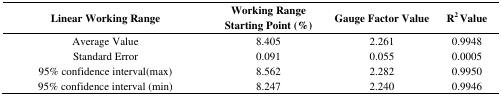
<table><thead><tr><td><b>Linear Working Range</b></td><td><b>Working Range Starting Point (%)</b></td><td><b>Gauge Factor Value</b></td><td><b>R<sup>2</sup> Value</b></td></tr></thead><tbody><tr><td>Average Value</td><td>8.405</td><td>2.261</td><td>0.9948</td></tr><tr><td>Standard Error</td><td>0.091</td><td>0.055</td><td>0.0005</td></tr><tr><td>95% confidence interval(max)</td><td>8.562</td><td>2.282</td><td>0.9950</td></tr><tr><td>95% confidence interval (min)</td><td>8.247</td><td>2.240</td><td>0.9946</td></tr></tbody></table>